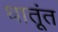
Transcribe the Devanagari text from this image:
धातूंत